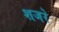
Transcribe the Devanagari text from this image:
शजरे